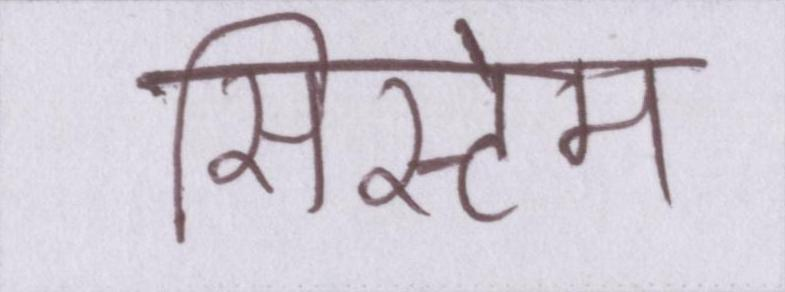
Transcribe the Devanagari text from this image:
सिस्टेम